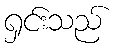
ရှင်းသည်